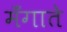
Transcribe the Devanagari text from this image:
मँगाते